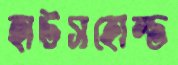
হাউসহোল্ড